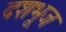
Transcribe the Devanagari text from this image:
दशभूज